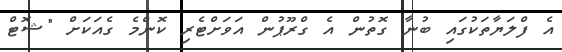
އެ ފްލަޔާތަކުގައި ބުނާ ގޮތުން އެ ގްރޫޕުން އަވަށްޓެރި ކޮންމެ ގެއަކަށް "ޝޮޓް